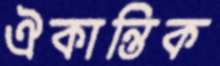
ঐকান্তিক